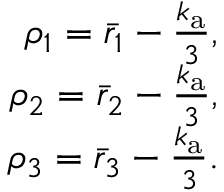
\begin{array} { r } { \rho _ { 1 } = \bar { r } _ { 1 } - \frac { k _ { \mathrm { a } } } { 3 } , } \\ { \rho _ { 2 } = \bar { r } _ { 2 } - \frac { k _ { \mathrm { a } } } { 3 } , } \\ { \rho _ { 3 } = \bar { r } _ { 3 } - \frac { k _ { \mathrm { a } } } { 3 } . } \end{array}